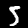
Label: 5